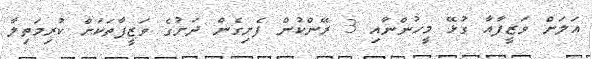
އަލަށް ވަޒީފާއާ ގުޅޭ މީހުންނާއި 3 ރޭންކުން ފެށިގެން ދަށުގެ ވަޒީފާތަކަށް ކުރިމަތިލާ